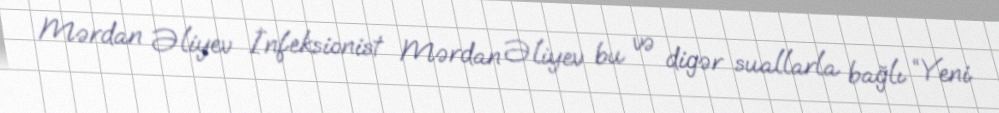
Mərdan Əliyev İnfeksionist Mərdan Əliyev bu və digər suallarla bağlı “Yeni